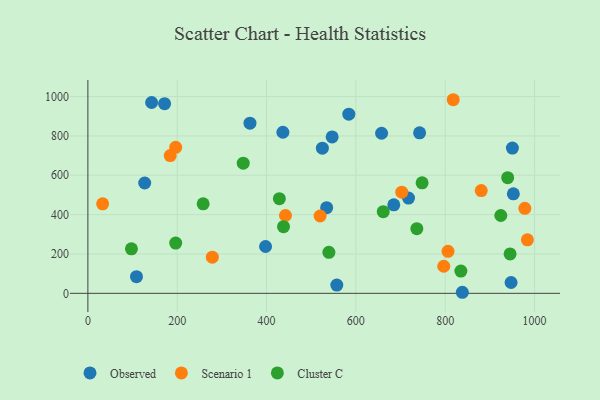
{"axis": {"x": "Experience", "y": "Rating"}, "legend": ["Cluster C", "Observed", "Scenario 1"], "data": [{"x": "717.9", "y": 484.4, "type": "Observed"}, {"x": "947.5", "y": 55.2, "type": "Observed"}, {"x": "436.6", "y": 818.6, "type": "Observed"}, {"x": "534.6", "y": 435.2, "type": "Observed"}, {"x": "742.7", "y": 815.6, "type": "Observed"}, {"x": "838.4", "y": 5.4, "type": "Observed"}, {"x": "684.9", "y": 449.8, "type": "Observed"}, {"x": "108.8", "y": 84.7, "type": "Observed"}, {"x": "127.2", "y": 560.7, "type": "Observed"}, {"x": "142.7", "y": 969.9, "type": "Observed"}, {"x": "557.3", "y": 42.1, "type": "Observed"}, {"x": "657.6", "y": 813.6, "type": "Observed"}, {"x": "950.5", "y": 738.2, "type": "Observed"}, {"x": "546.9", "y": 794.7, "type": "Observed"}, {"x": "362.9", "y": 864.9, "type": "Observed"}, {"x": "952.6", "y": 505.7, "type": "Observed"}, {"x": "584.2", "y": 910.4, "type": "Observed"}, {"x": "525.0", "y": 738.0, "type": "Observed"}, {"x": "171.7", "y": 963.9, "type": "Observed"}, {"x": "397.8", "y": 238.1, "type": "Observed"}, {"x": "806.3", "y": 213.3, "type": "Scenario 1"}, {"x": "818.0", "y": 984.0, "type": "Scenario 1"}, {"x": "984.0", "y": 271.9, "type": "Scenario 1"}, {"x": "796.8", "y": 137.7, "type": "Scenario 1"}, {"x": "978.3", "y": 432.0, "type": "Scenario 1"}, {"x": "196.6", "y": 741.9, "type": "Scenario 1"}, {"x": "278.6", "y": 183.7, "type": "Scenario 1"}, {"x": "880.7", "y": 522.3, "type": "Scenario 1"}, {"x": "442.4", "y": 395.6, "type": "Scenario 1"}, {"x": "33.0", "y": 455.0, "type": "Scenario 1"}, {"x": "519.9", "y": 393.1, "type": "Scenario 1"}, {"x": "702.8", "y": 514.1, "type": "Scenario 1"}, {"x": "184.3", "y": 700.0, "type": "Scenario 1"}, {"x": "428.7", "y": 481.1, "type": "Cluster C"}, {"x": "196.6", "y": 255.5, "type": "Cluster C"}, {"x": "661.3", "y": 415.2, "type": "Cluster C"}, {"x": "438.0", "y": 338.9, "type": "Cluster C"}, {"x": "97.5", "y": 226.3, "type": "Cluster C"}, {"x": "924.5", "y": 395.5, "type": "Cluster C"}, {"x": "539.6", "y": 208.3, "type": "Cluster C"}, {"x": "835.1", "y": 113.3, "type": "Cluster C"}, {"x": "748.3", "y": 561.8, "type": "Cluster C"}, {"x": "945.3", "y": 200.3, "type": "Cluster C"}, {"x": "258.1", "y": 455.1, "type": "Cluster C"}, {"x": "347.8", "y": 661.7, "type": "Cluster C"}, {"x": "736.5", "y": 328.5, "type": "Cluster C"}, {"x": "939.9", "y": 588.0, "type": "Cluster C"}]}